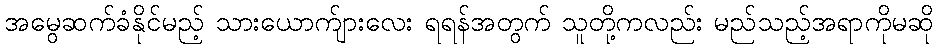
အမွေဆက်ခံနိုင်မည့် သားယောက်ျားလေး ရရန်အတွက် သူတို့ကလည်း မည်သည့်အရာကိုမဆို